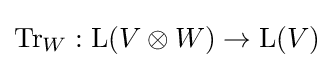
\operatorname {Tr} _{W}:\operatorname {L} (V\otimes W)\rightarrow \operatorname {L} (V)